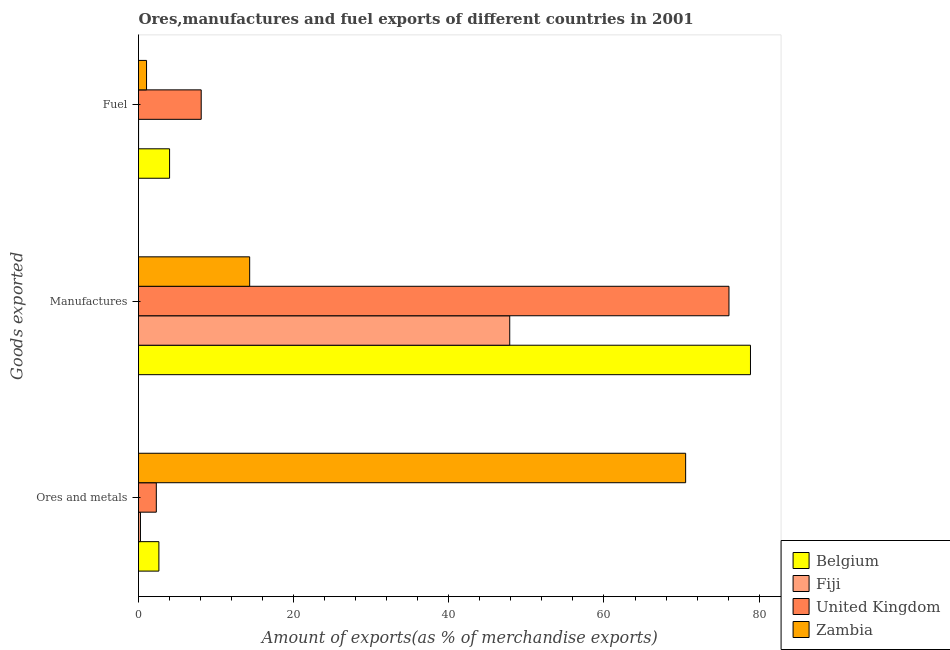
| Goods exported | Belgium | Fiji | United Kingdom | Zambia |
 | --- | --- | --- | --- | --- |
 | Ores and metals | 2.63 | 0.25 | 2.29 | 70.5 |
 | Manufactures | 78.9 | 47.9 | 76.1 | 14.3 |
 | Fuel | 4.01 | 0.00604 | 8.08 | 1.04 |